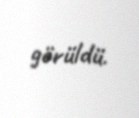
görüldü.